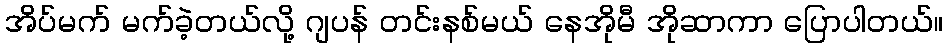
အိပ်မက် မက်ခဲ့တယ်လို့ ဂျပန် တင်းနစ်မယ် နေအိုမီ အိုဆာကာ ပြောပါတယ်။